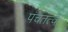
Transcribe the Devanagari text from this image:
पंचतत्वे